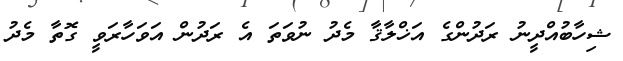
ޝިހާބުއްދީނު ރަދުންގެ އަޚްލާޤާ މެދު ނުވަތަ އެ ރަދުން އަވަހާރަވީ ގޮތާ މެދު